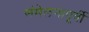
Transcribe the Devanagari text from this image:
संमेलनापूर्वी